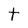
Character: t